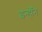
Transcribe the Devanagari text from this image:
इन्होँने